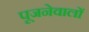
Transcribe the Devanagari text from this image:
पूजनेवालों